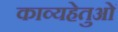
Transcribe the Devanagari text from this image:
काव्यहेतुओं